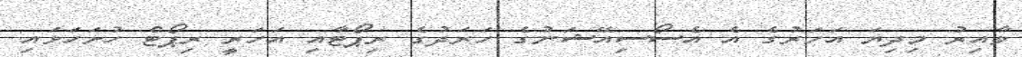
ވާއިރު މިދިޔަ އަހަރުގެ އެ އެސޯސިއޭޝަނުގެ ހަރަދުގެ ރިޕޯޓާއި އަހަރީ ރިޕޯޓް ހުށަހަޅައި